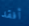
أفقد